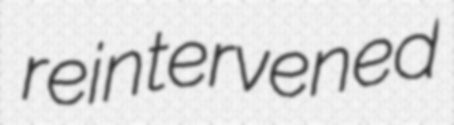
reintervened